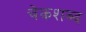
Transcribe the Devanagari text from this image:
चेकशब्द